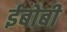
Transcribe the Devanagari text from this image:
ईबोबी